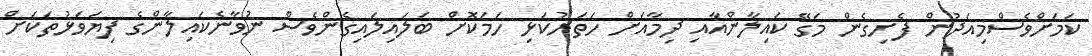
ކަމަށްވެސްމިއަދުން ފެށިގެން މަގޭ ކައިލާންއާއި ދިމާއަށް ހަތަރުކަޅި ހަމަކޮށް ބަލައިލައިގެންވެސް ނުވާނެކައިލާންގެ ފިޔަވަޅުތަކަށް